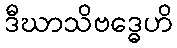
ဒီဃာသိဗဒ္ဓေဟိ